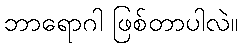
ဘာရောဂါ ဖြစ်တာပါလဲ။